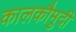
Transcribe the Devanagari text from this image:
कालकौमुदी